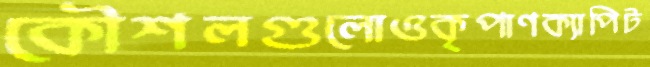
কৌশলগুলোওকৃপাণক্যাপিট